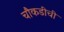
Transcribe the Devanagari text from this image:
चौकडीची